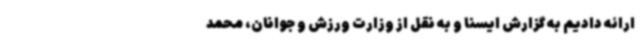
ارائه دادیم به گزارش ایسنا و به نقل از وزارت ورزش و جوانان، محمد